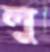
লু